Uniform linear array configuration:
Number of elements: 32
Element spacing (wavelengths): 0.5
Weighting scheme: cosine
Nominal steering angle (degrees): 30
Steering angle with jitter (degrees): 31.292
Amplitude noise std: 0.05
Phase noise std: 0.05

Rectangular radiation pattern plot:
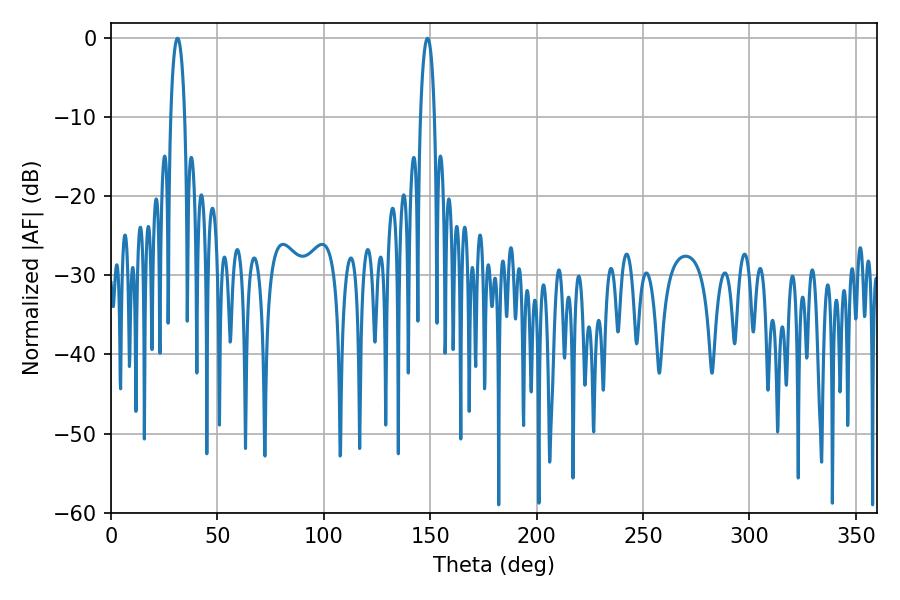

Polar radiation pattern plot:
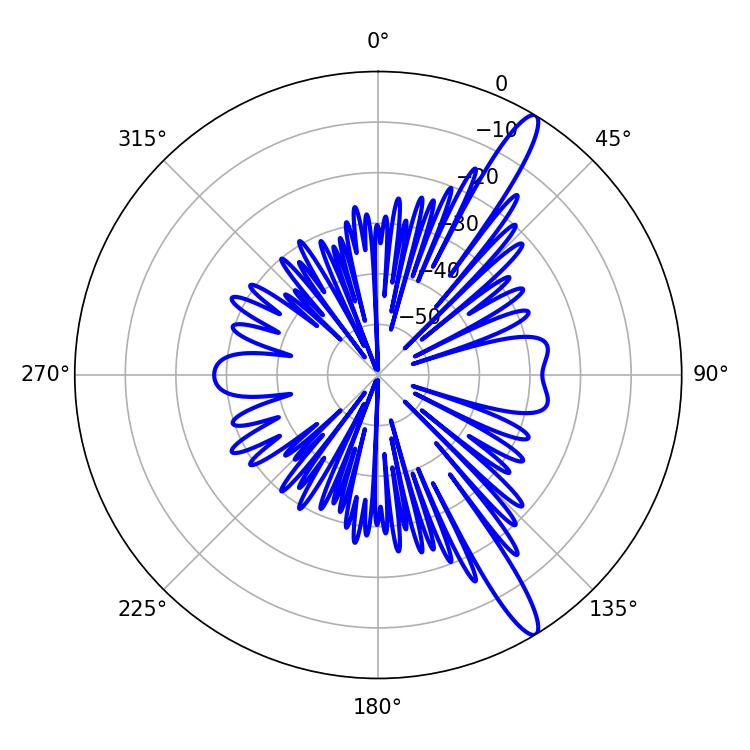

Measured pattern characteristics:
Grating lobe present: FALSE
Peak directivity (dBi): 14.175
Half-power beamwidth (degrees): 3.6
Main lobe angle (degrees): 148.68